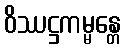
ဝိဿဋ္ဌကမ္မန္တေ